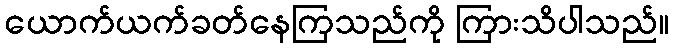
ယောက်ယက်ခတ်နေကြသည်ကို ကြားသိပါသည်။